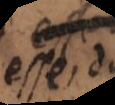
esse c.